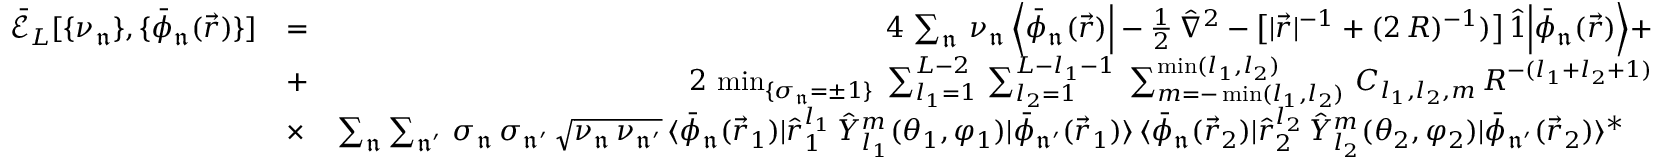
\begin{array} { r l r } { \mathcal { \bar { E } } _ { L } [ \{ \nu _ { \mathfrak { n } } \} , \{ \bar { \phi } _ { \mathfrak { n } } ( \vec { r } ) \} ] } & { = } & { 4 \, \sum _ { \mathfrak { n } } \, \nu _ { \mathfrak { n } } \, \Big \langle \bar { \phi } _ { \mathfrak { n } } ( \vec { r } ) \Big | - \frac { 1 } { 2 } \, \hat { \nabla } ^ { 2 } - \big [ | \vec { r } | ^ { - 1 } + ( 2 \, R ) ^ { - 1 } ) \big ] \, \hat { 1 } \Big | \bar { \phi } _ { \mathfrak { n } } ( \vec { r } ) \Big \rangle + } \\ & { + } & { \, 2 \, \operatorname* { m i n } _ { \{ \sigma _ { \mathfrak { n } } = \pm 1 \} } \; \sum _ { l _ { 1 } = 1 } ^ { L - 2 } \, \sum _ { l _ { 2 } = 1 } ^ { L - l _ { 1 } - 1 } \; \sum _ { m = - \operatorname* { m i n } ( l _ { 1 } , l _ { 2 } ) } ^ { \operatorname* { m i n } ( l _ { 1 } , l _ { 2 } ) } \, C _ { l _ { 1 } , l _ { 2 } , m } \, R ^ { - ( l _ { 1 } + l _ { 2 } + 1 ) } } \\ & { \times } & { \sum _ { \mathfrak { n } } \sum _ { \mathfrak { n ^ { \prime } } } \, \sigma _ { \mathfrak { n } } \, \sigma _ { \mathfrak { n ^ { \prime } } } \, \sqrt { \nu _ { \mathfrak { n } } \, \nu _ { \mathfrak { n ^ { \prime } } } } \, \langle \bar { \phi } _ { \mathfrak { n } } ( \vec { r } _ { 1 } ) | \hat { r } _ { 1 } ^ { l _ { 1 } } \, \hat { Y } _ { l _ { 1 } } ^ { m } ( \theta _ { 1 } , \varphi _ { 1 } ) | \bar { \phi } _ { \mathfrak { n ^ { \prime } } } ( \vec { r } _ { 1 } ) \rangle \, \langle \bar { \phi } _ { \mathfrak { n } } ( \vec { r } _ { 2 } ) | \hat { r } _ { 2 } ^ { l _ { 2 } } \, \hat { Y } _ { l _ { 2 } } ^ { m } ( \theta _ { 2 } , \varphi _ { 2 } ) | \bar { \phi } _ { \mathfrak { n ^ { \prime } } } ( \vec { r } _ { 2 } ) \rangle ^ { * } \quad } \end{array}